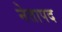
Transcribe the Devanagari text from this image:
नेतापद